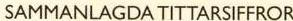
SAMMANLAGDA TITTARSIFFROR